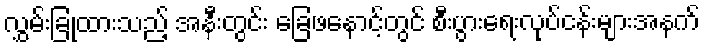
လွှမ်းခြုံထားသည့် အနီးတွင်း ခြေဖနောင့်တွင် စီးပွားရေးလုပ်ငန်းများအနက်